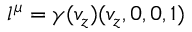
l ^ { \mu } = \gamma ( v _ { z } ) ( v _ { z } , 0 , 0 , 1 )